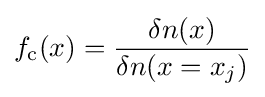
f_{\text{c}}(x)={\frac {\delta n(x)}{\delta n(x=x_{j})}}